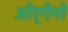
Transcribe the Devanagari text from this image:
ओर्गेनो